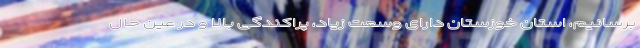
برسانیم، استان خوزستان دارای وسعت زیاد، پراکندگی بالا و در عین حال